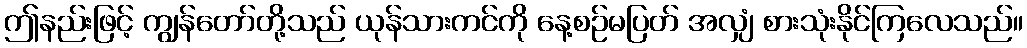
ဤနည်းဖြင့် ကျွန်တော်တို့သည် ယုန်သားကင်ကို နေ့စဉ်မပြတ် အလျှံ စားသုံးနိုင်ကြလေသည်။